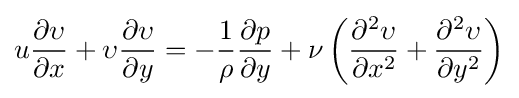
u{\partial \upsilon  \over \partial x}+\upsilon {\partial \upsilon  \over \partial y}=-{1 \over \rho }{\partial p \over \partial y}+{\nu }\left({\partial ^{2}\upsilon  \over \partial x^{2}}+{\partial ^{2}\upsilon  \over \partial y^{2}}\right)